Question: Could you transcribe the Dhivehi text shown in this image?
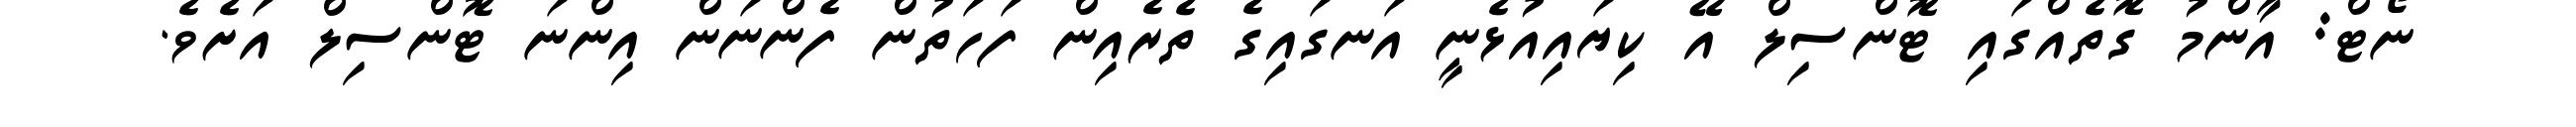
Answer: ނޯޓް: އާންމު ގޮތެއްގައި ޓޮންސިލް އޭ ކިޔައިއުޅެނީ އަނގައިގެ ތެރެއިން ފަހަތުން ފެންނަން އިންނަ ޓޮންސިލް އަށެވެ.